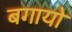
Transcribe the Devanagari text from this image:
बगायो